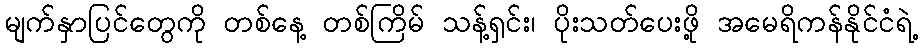
မျက်နှာပြင်တွေကို တစ်နေ့ တစ်ကြိမ် သန့်ရှင်း၊ ပိုးသတ်ပေးဖို့ အမေရိကန်နိုင်ငံရဲ့